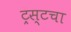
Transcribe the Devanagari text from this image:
ट्रस्टचा